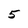
Character: 5